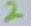
Text: 2